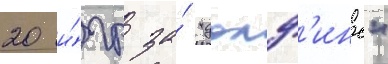
20 и́гр за́ "долф'инс"